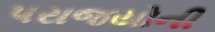
પરાજયોની